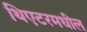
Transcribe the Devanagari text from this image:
थिएटरमधील